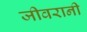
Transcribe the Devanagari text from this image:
जीवरानी